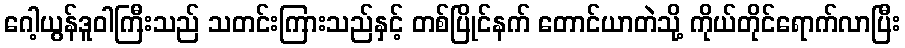
ဂေါ့ယွန်ဒူဝါကြီးသည် သတင်းကြားသည်နှင့် တစ်ပြိုင်နက် တောင်ယာတဲသို့ ကိုယ်တိုင်ရောက်လာပြီး